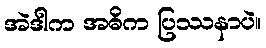
အဲဒါက အဓိက ပြဿနာပဲ။